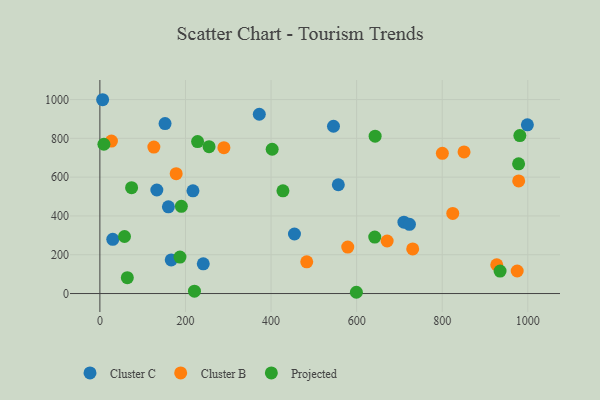
{"axis": {"x": "Study Hours", "y": "Sales"}, "legend": ["Cluster B", "Cluster C", "Projected"], "data": [{"x": "372.5", "y": 924.1, "type": "Cluster C"}, {"x": "217.5", "y": 529.7, "type": "Cluster C"}, {"x": "557.2", "y": 560.9, "type": "Cluster C"}, {"x": "166.7", "y": 173.4, "type": "Cluster C"}, {"x": "241.6", "y": 153.3, "type": "Cluster C"}, {"x": "152.3", "y": 876.1, "type": "Cluster C"}, {"x": "30.1", "y": 279.3, "type": "Cluster C"}, {"x": "454.7", "y": 307.0, "type": "Cluster C"}, {"x": "710.5", "y": 368.0, "type": "Cluster C"}, {"x": "6.4", "y": 999.1, "type": "Cluster C"}, {"x": "133.1", "y": 533.7, "type": "Cluster C"}, {"x": "999.0", "y": 869.7, "type": "Cluster C"}, {"x": "160.1", "y": 447.1, "type": "Cluster C"}, {"x": "545.9", "y": 862.4, "type": "Cluster C"}, {"x": "723.4", "y": 356.9, "type": "Cluster C"}, {"x": "824.6", "y": 413.1, "type": "Cluster B"}, {"x": "975.2", "y": 116.3, "type": "Cluster B"}, {"x": "178.3", "y": 618.1, "type": "Cluster B"}, {"x": "126.1", "y": 754.9, "type": "Cluster B"}, {"x": "579.2", "y": 239.5, "type": "Cluster B"}, {"x": "671.3", "y": 270.9, "type": "Cluster B"}, {"x": "927.4", "y": 148.3, "type": "Cluster B"}, {"x": "800.3", "y": 722.8, "type": "Cluster B"}, {"x": "289.8", "y": 751.7, "type": "Cluster B"}, {"x": "483.4", "y": 163.6, "type": "Cluster B"}, {"x": "978.7", "y": 580.4, "type": "Cluster B"}, {"x": "27.0", "y": 785.9, "type": "Cluster B"}, {"x": "731.0", "y": 230.2, "type": "Cluster B"}, {"x": "851.0", "y": 730.0, "type": "Cluster B"}, {"x": "642.3", "y": 291.3, "type": "Projected"}, {"x": "599.4", "y": 6.5, "type": "Projected"}, {"x": "57.5", "y": 293.9, "type": "Projected"}, {"x": "978.5", "y": 668.6, "type": "Projected"}, {"x": "74.1", "y": 545.7, "type": "Projected"}, {"x": "427.8", "y": 529.6, "type": "Projected"}, {"x": "255.1", "y": 757.1, "type": "Projected"}, {"x": "402.6", "y": 743.7, "type": "Projected"}, {"x": "187.1", "y": 187.9, "type": "Projected"}, {"x": "9.4", "y": 769.6, "type": "Projected"}, {"x": "221.0", "y": 12.1, "type": "Projected"}, {"x": "64.1", "y": 82.0, "type": "Projected"}, {"x": "228.3", "y": 783.3, "type": "Projected"}, {"x": "190.4", "y": 449.6, "type": "Projected"}, {"x": "935.2", "y": 116.0, "type": "Projected"}, {"x": "981.4", "y": 814.1, "type": "Projected"}, {"x": "643.2", "y": 811.3, "type": "Projected"}]}